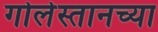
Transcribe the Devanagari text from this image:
गोलेस्तानच्या